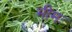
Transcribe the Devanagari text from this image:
भीमः